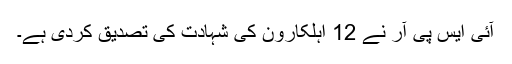
آئی ایس پی آر نے 12 اہلکارون کی شہادت کی تصدیق کردی ہے۔